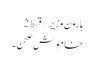
ہارون وزیر/قسط2
خاموش صحن۔